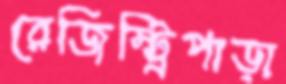
রেজিস্ট্রিপাড়া